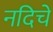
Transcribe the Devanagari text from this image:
नदिचे